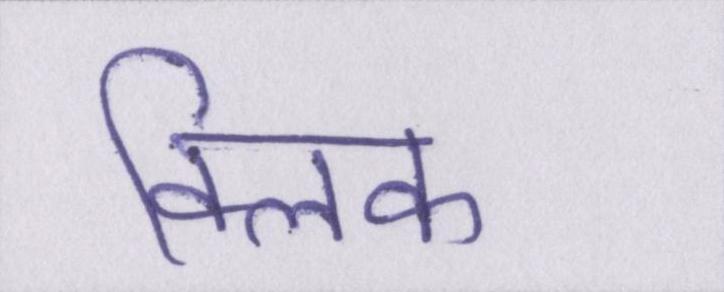
क्लिक